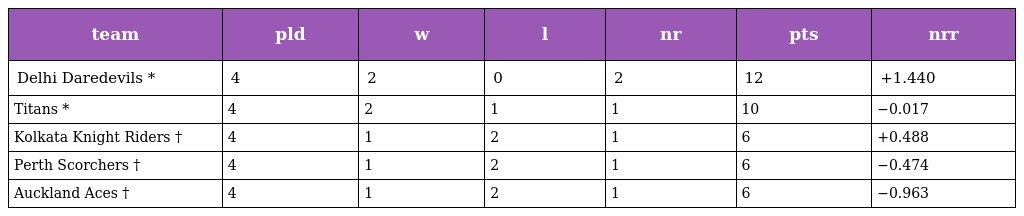
| team | pld | w | l | nr | pts | nrr |
 | --- | --- | --- | --- | --- | --- | --- |
 | Delhi Daredevils * | 4 | 2 | 0 | 2 | 12 | +1.440 |
 | Titans * | 4 | 2 | 1 | 1 | 10 | −0.017 |
 | Kolkata Knight Riders † | 4 | 1 | 2 | 1 | 6 | +0.488 |
 | Perth Scorchers † | 4 | 1 | 2 | 1 | 6 | −0.474 |
 | Auckland Aces † | 4 | 1 | 2 | 1 | 6 | −0.963 |